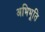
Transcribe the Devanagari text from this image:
अभिभूति